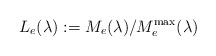
LaTeX: \begin{align*}L_e(\lambda):=M_e(\lambda)/M_e^{\rm max}(\lambda)\end{align*}